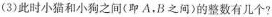
(3)此时小猫和小狗之间(即A,B之间)的整数有几个?